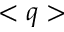
< q >